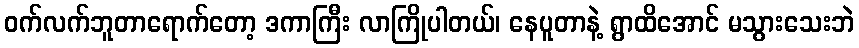
ဝက်လက်ဘူတာရောက်တော့ ဒကာကြီး လာကြိုပါတယ်၊ နေပူတာနဲ့ ရွာထိအောင် မသွားသေးဘဲ